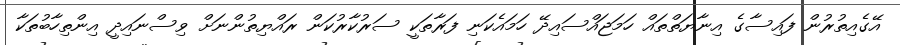
އޭގެއިތުރުން ފައިސާގެ އިނާޔަތްތައް ހަމަޖައްސައިދޭ ހަމައެކަނި ފަރާތަކީ ސަރުކާރުކަން ރައްޔިތުންނަށް ވިސްނައިދީ އިންތިހާބުތަކާ